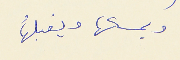
ويمسكها ويقبلُها